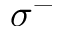
\sigma ^ { - }